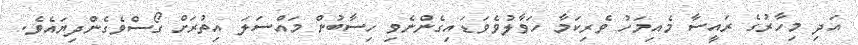
އަދި މިހާރުގެ ރައީސާ މެއިމަހު ވެރިކަމާ ހަވާލުވެވަޑައިގެންނެވި ހިސާބުން މައްސަލަ އިތުރަށް ގޯސްވެގެންދިޔައެވެ.